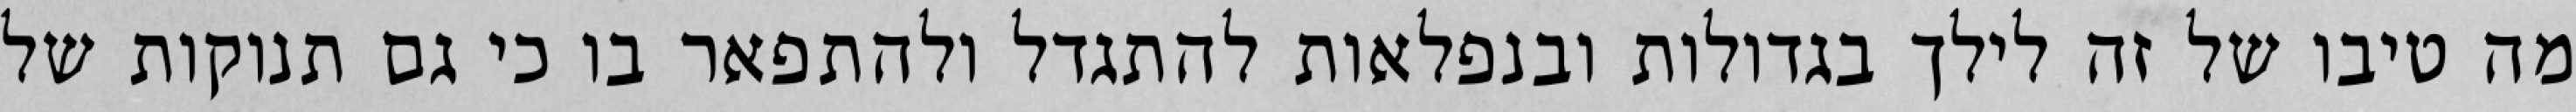
מה טיבו של זה לילך בגדולות ובנפלאות להתגדל ולהתפאר בו כי גם תנוקות של